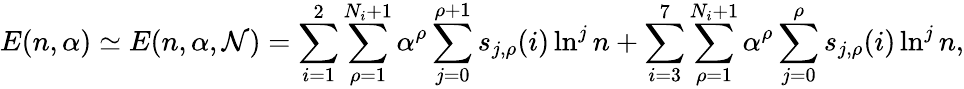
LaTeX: E(n,\alpha)\simeq E(n,\alpha,{\cal N})=\sum_{i=1}^{2}\sum_{\rho=1}^{N_{i}+1}\alpha^{\rho}\sum_{j=0}^{\rho+1}s_{j,\rho}(i)\ln^{j}n+\sum_{i=3}^{7}\sum_{\rho=1}^{N_{i}+1}\alpha^{\rho}\sum_{j=0}^{\rho}s_{j,\rho}(i)\ln^{j}n,